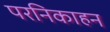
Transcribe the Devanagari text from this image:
परनिकाहन